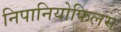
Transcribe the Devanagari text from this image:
निपानियोफिलम